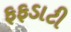
ફફડાટી